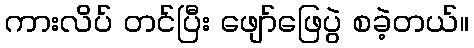
ကားလိပ် တင်ပြီး ဖျော်ဖြေပွဲ စခဲ့တယ်။